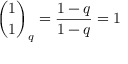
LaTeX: { \binom { 1 } { 1 } } _ { q } = { \frac { 1 - q } { 1 - q } } = 1